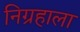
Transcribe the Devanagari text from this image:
निग्रहाला